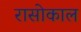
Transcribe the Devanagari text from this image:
रासोकाल